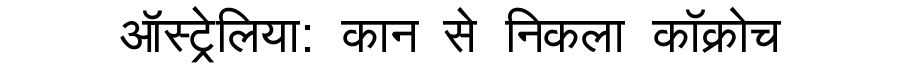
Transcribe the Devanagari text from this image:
ऑस्ट्रेलिया: कान से निकला कॉक्रोच